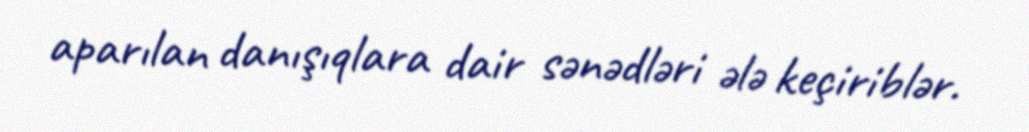
aparılan danışıqlara dair sənədləri ələ keçiriblər.